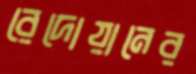
রেদোয়ানের